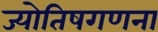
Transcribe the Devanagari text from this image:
ज्योतिषगणना